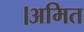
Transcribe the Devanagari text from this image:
।अमित